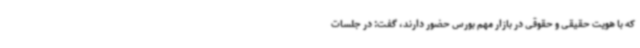
که با هویت حقیقی و حقوقی در بازار مهم بورس حضور دارند، گفت: در جلسات